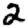
Digit: 2